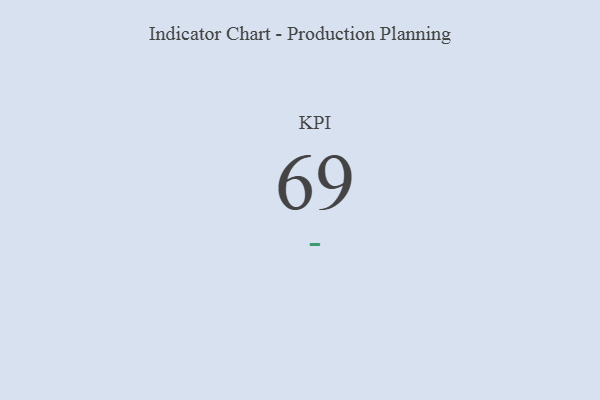
{"axis": {"x": "KPI", "y": "Value"}, "legend": [""], "data": [{"x": "KPI", "y": 69, "type": ""}]}